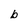
Character: b